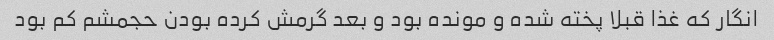
انگار که غذا قبلا پخته شده و مونده بود و بعد گرمش کرده بودن حجمشم کم بود